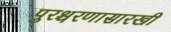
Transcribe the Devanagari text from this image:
पुरश्चरणासारखी